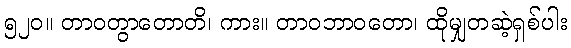
၅၂၀။ တာဝတွာတောတိ၊ ကား။ တာဝဘာဝတော၊ ထိုမျှတဆဲ့ရှစ်ပါး